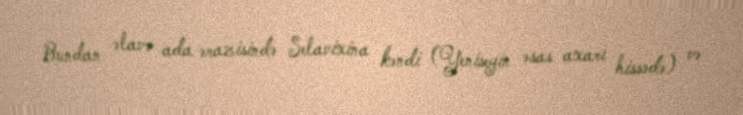
Bundan əlavə ada ərazisində Selavixina kəndi (Yeniseyin əsas axarı hissədə) və